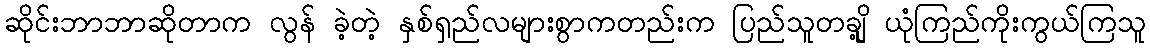
ဆိုင်းဘာဘာဆိုတာက လွန် ခဲ့တဲ့ နှစ်ရှည်လများစွာကတည်းက ပြည်သူတချို့ ယုံကြည်ကိုးကွယ်ကြသူ